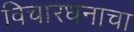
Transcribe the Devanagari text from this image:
विचारधनाचा